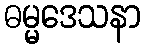
ဓမ္မဒေသနာ